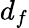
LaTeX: d_{f}